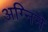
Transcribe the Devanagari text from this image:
अग्निने